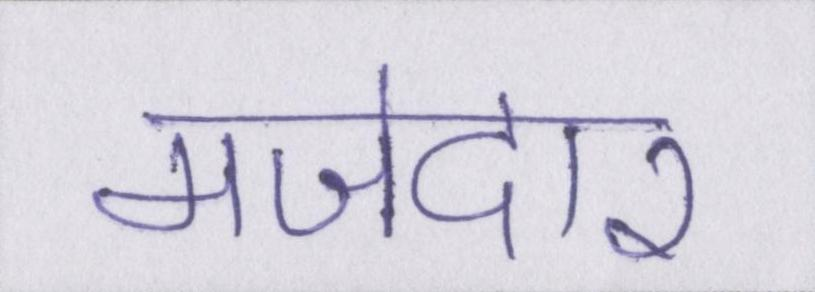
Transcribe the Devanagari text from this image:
मजेदार